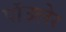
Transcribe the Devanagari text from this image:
पॉउलेर